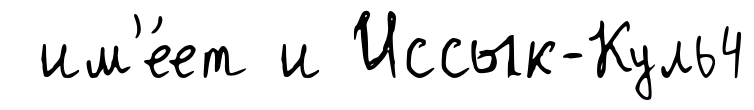
им'е́ет и Иссык-Куль4